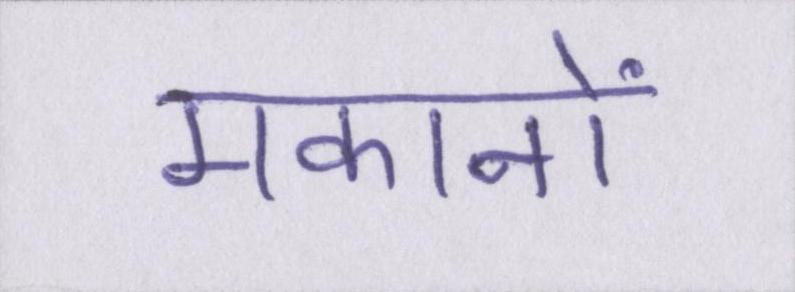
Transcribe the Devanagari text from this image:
मकानों